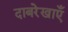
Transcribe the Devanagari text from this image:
दाबरेखाएँ